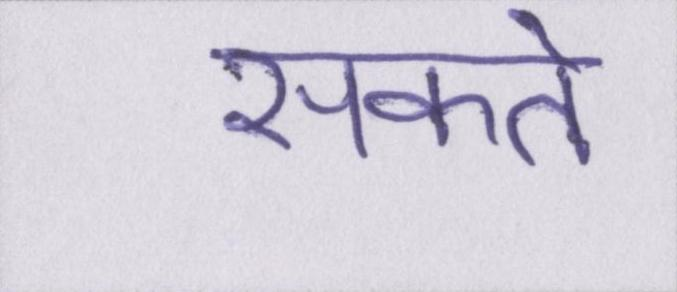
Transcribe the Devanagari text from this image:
सकते